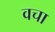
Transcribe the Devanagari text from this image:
वचा